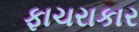
ફાચરાકાર